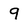
Character: 9